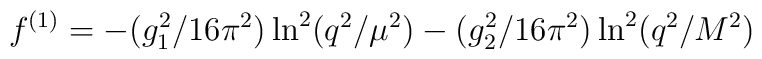
f^{(1)} = -(g_1^2/16 \pi^2) \ln^2(q^2/ \mu^2) - (g_2^2/16 \pi^2) \ln^2(q^2/ M^2)